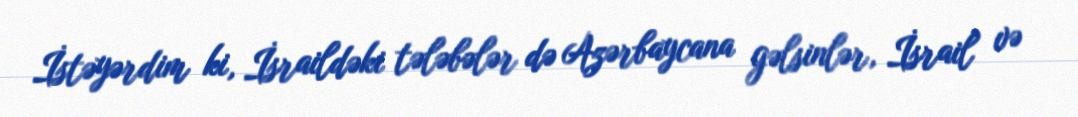
İstəyərdim ki, İsraildəki tələbələr də Azərbaycana gəlsinlər, İsrail və